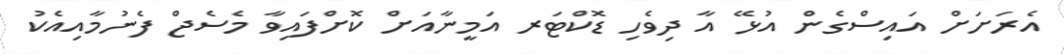
އެރަށަށް އައިސްގެން އުޅޭ އާ ދިވެހި ޑޮކްޓަރ އަމީނާއަށް ކޮށްފައިވާ މެސެޖް ފެނުމާއިއެކު